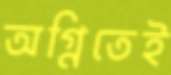
অগ্নিতেই